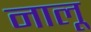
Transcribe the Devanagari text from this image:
नालू